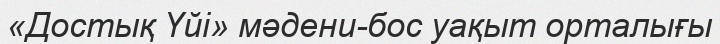
«Достық Үйі» мәдени-бос уақыт орталығы